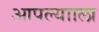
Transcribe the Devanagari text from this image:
आपल्यााला